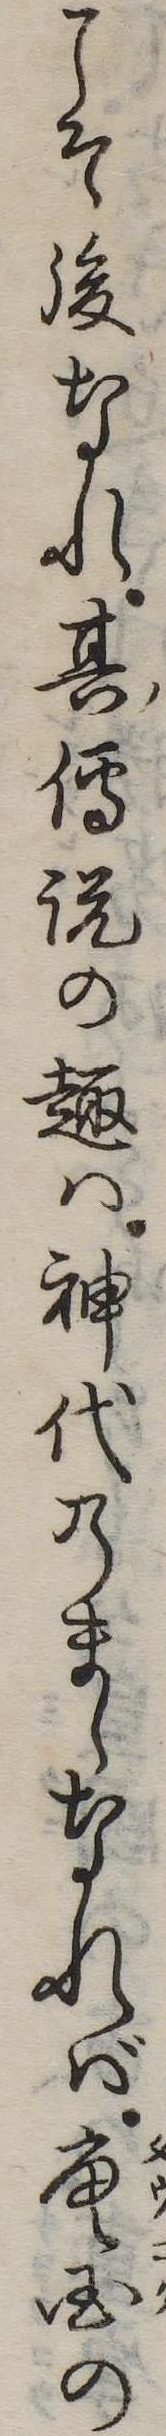
こそ後なれ其伝説の趣は神代のまゝなれば唐国の